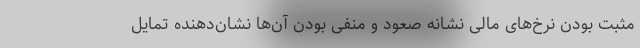
مثبت بودن نرخ‌های مالی نشانه صعود و منفی بودن آن‌ها نشان‌دهنده تمایل